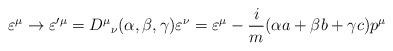
LaTeX: \begin{align*}\varepsilon^{\mu} \rightarrow \varepsilon^{\prime \mu} = {D^{\mu}}_{\nu}(\alpha, \beta, \gamma)\varepsilon^{\nu} = \varepsilon^{\mu} - \frac{i}{m}(\alpha a + \beta b + \gamma c)p^{\mu}\end{align*}